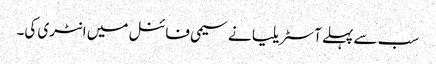
سب سے پہلے آسٹریلیا نے سیمی فائنل میں انٹری کی۔